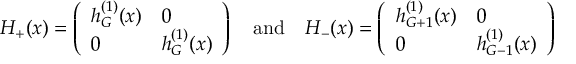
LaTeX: H _ { + } ( x ) = \left( \begin{array} { l l } { { h _ { G } ^ { ( 1 ) } ( x ) } } & { { 0 } } \\ { { 0 } } & { { h _ { G } ^ { ( 1 ) } ( x ) } } \end{array} \right) \quad \mathrm { a n d } \quad H _ { - } ( x ) = \left( \begin{array} { l l } { { h _ { G + 1 } ^ { ( 1 ) } ( x ) } } & { { 0 } } \\ { { 0 } } & { { h _ { G - 1 } ^ { ( 1 ) } ( x ) } } \end{array} \right)